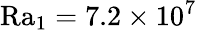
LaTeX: \mathrm{{Ra}_{1}=7.2\times 10^{7}}